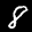
Label: 8